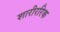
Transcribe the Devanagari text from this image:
शारीररिक